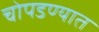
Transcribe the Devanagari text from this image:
चोपडण्यात